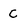
Character: c